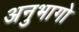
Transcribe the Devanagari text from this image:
अनुभागो